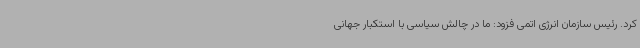
کرد. رئیس سازمان انرژی اتمی فزود: ما در چالش سیاسی با استکبار جهانی